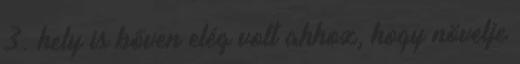
3. hely is bőven elég volt ahhoz, hogy növelje